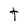
Character: d